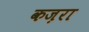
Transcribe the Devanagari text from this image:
कज़रा